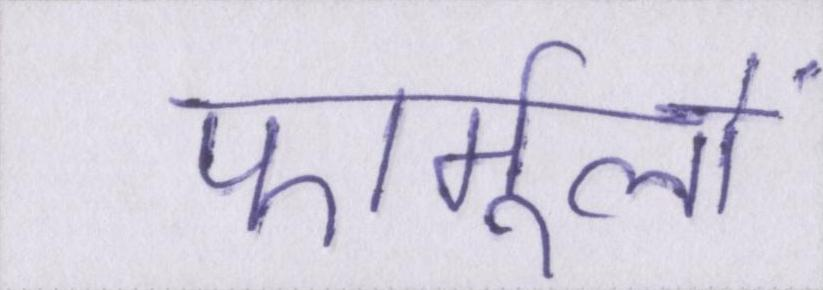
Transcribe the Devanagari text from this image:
फार्मूलों